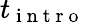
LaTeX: t_{\mathrm{~i~n~t~r~o~}}